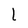
Character: l